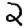
Digit: 2